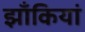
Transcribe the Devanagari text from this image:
झाँकियां